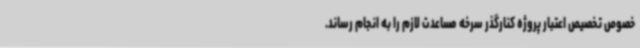
خصوص تخصیص اعتبار پروژه کنارگذر سرخه مساعدت لازم را به انجام رساند.‌